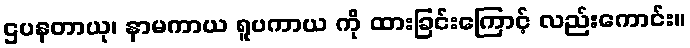
ဌပနတာယု၊ နာမကာယ ရူပကာယ ကို ထားခြင်းကြောင့် လည်းကောင်း။